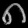
Digit: ၈